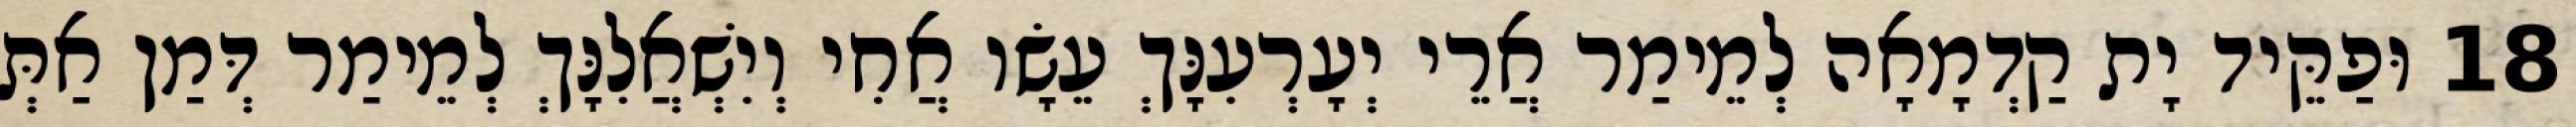
18 וּפַקֵּיד יָת קַדְמָאָה לְמֵימַר אֲרֵי יְעָרְעִנָּךְ עֵשָׂו אֲחִי וְיִשְׁאֲלִנָּךְ לְמֵימַר דְּמַן אַתְּ